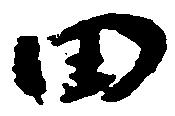
田